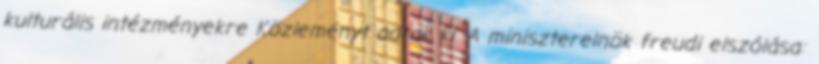
kulturális intézményekre Közleményt adtak ki. A miniszterelnök freudi elszólása: